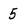
Character: 5